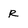
Character: R